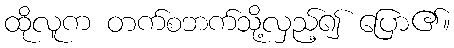
ထိုလူက တက်စဘက်သို့လှည့်၍ ပြော၏။